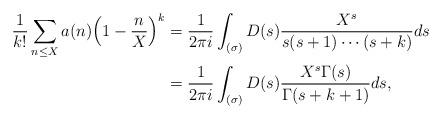
LaTeX: \begin{align*} \frac{1}{k!} \sum_{n \leq X} a(n) \Big(1 - \frac{n}{X}\Big)^k &= \frac{1}{2\pi i} \int_{(\sigma)} D(s) \frac{X^s}{s(s+1)\cdots(s+k)} ds \\ &= \frac{1}{2\pi i} \int_{(\sigma)} D(s) \frac{X^s\Gamma(s)}{\Gamma(s+k+1)} ds, \end{align*}